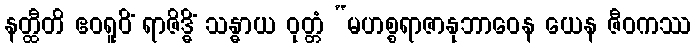
နတ္ထီတိ ဧဝရူပိံ ရာဇိဒ္ဓိံ သန္ဓာယ ဝုတ္တံ “မဟစ္စရာဇာနုဘာဝေန ယေန ဇီဝကဿ